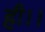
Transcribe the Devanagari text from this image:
ही।।